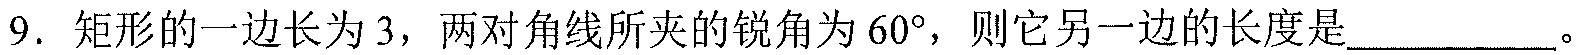
9. 矩形的一边长为\(3\)，两对角线所夹的锐角为\(60^{\circ}\)，则它另一边的长度是__________。